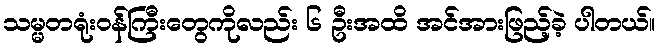
သမ္မတရုံးဝန်ကြီးတွေကိုလည်း ၆ ဦးအထိ အင်အားဖြည့်ခဲ့ ပါတယ်။